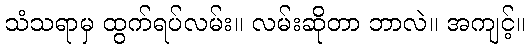
သံသရာမှ ထွက်ရပ်လမ်း။ လမ်းဆိုတာ ဘာလဲ။ အကျင့်။